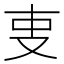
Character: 叓